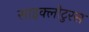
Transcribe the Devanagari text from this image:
साइक्लोटुरस